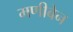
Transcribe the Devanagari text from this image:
मणीबेन